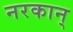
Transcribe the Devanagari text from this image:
नरकान्